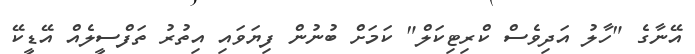
އޭނާގެ "ހާލު އަދިވެސް ކްރިޓިކަލް" ކަމަށް ބުނުން ފިޔަވައި އިތުރު ތަފްސީލެއް އޭޑީކޭ